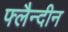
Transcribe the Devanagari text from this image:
फ्लैन्दीन